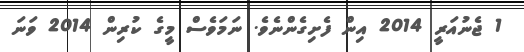
1 ޖެނުއަރީ 2014 އިން ފެށިގެންނެވެ. ނަމަވެސް މީގެ ކުރިން 2014 ވަނަ